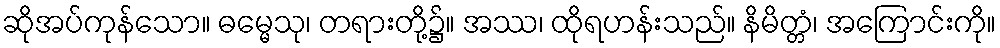
ဆိုအပ်ကုန်သော။ ဓမ္မေသု၊ တရားတို့၌။ အဿ၊ ထိုရဟန်းသည်။ နိမိတ္တံ၊ အကြောင်းကို။